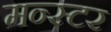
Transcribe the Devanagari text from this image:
मन्स्टर